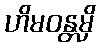
ဟိမဝန္တမှိ